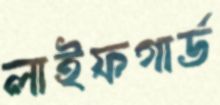
লাইফগার্ড